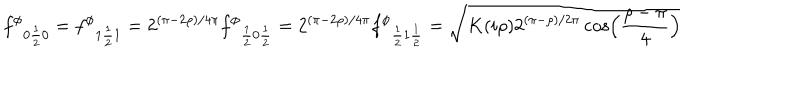
{ f ^ { \phi } } _ { 0 \frac { 1 } { 2 } 0 } = { f ^ { \phi } } _ { 1 \frac { 1 } { 2 } 1 } = 2 ^ { ( \pi - 2 \rho ) / 4 \pi } { f ^ { \phi } } _ { \frac { 1 } { 2 } 0 \frac { 1 } { 2 } } = 2 ^ { ( \pi - 2 \rho ) / 4 \pi } { f ^ { \phi } } _ { \frac { 1 } { 2 } 1 \frac { 1 } { 2 } } = \sqrt { K ( i \rho ) 2 ^ { ( \pi - \rho ) / 2 \pi } \cos \left( \frac { \rho - \pi } { 4 } \right) }